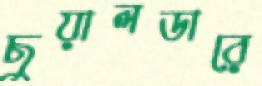
ছুয়ালডারে